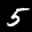
Label: 5